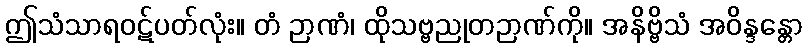
ဤသံသာရဝဋ်ပတ်လုံး။ တံ ဉာဏံ၊ ထိုသဗ္ဗညုတဉာဏ်ကို။ အနိဗ္ဗိသံ အဝိန္ဒန္တော